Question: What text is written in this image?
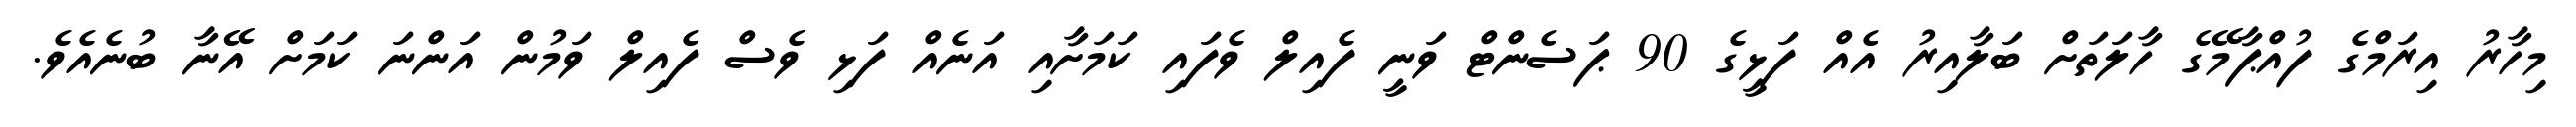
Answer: މިހާރު އިރަމްގެ ފުއްޕާމޭގެ ހާލަތަށް ބަލާއިރު އެއް ފަޅީގެ 90 ޕަސެންޓް ވަނީ ފެއިލް ވެފައި ކަމަށާއި އަނެއް ފަޅި ވެސް ފެއިލް ވަމުން އަންނަ ކަމަށް އޭނާ ބުނެއެވެ.